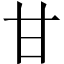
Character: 甘